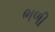
ભળી